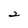
Character: 2